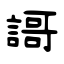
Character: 謌